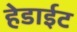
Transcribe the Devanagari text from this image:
हेडाईट